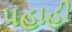
પહાહી